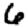
Digit: 6